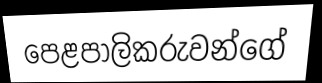
පෙළපාලිකරුවන්ගේ